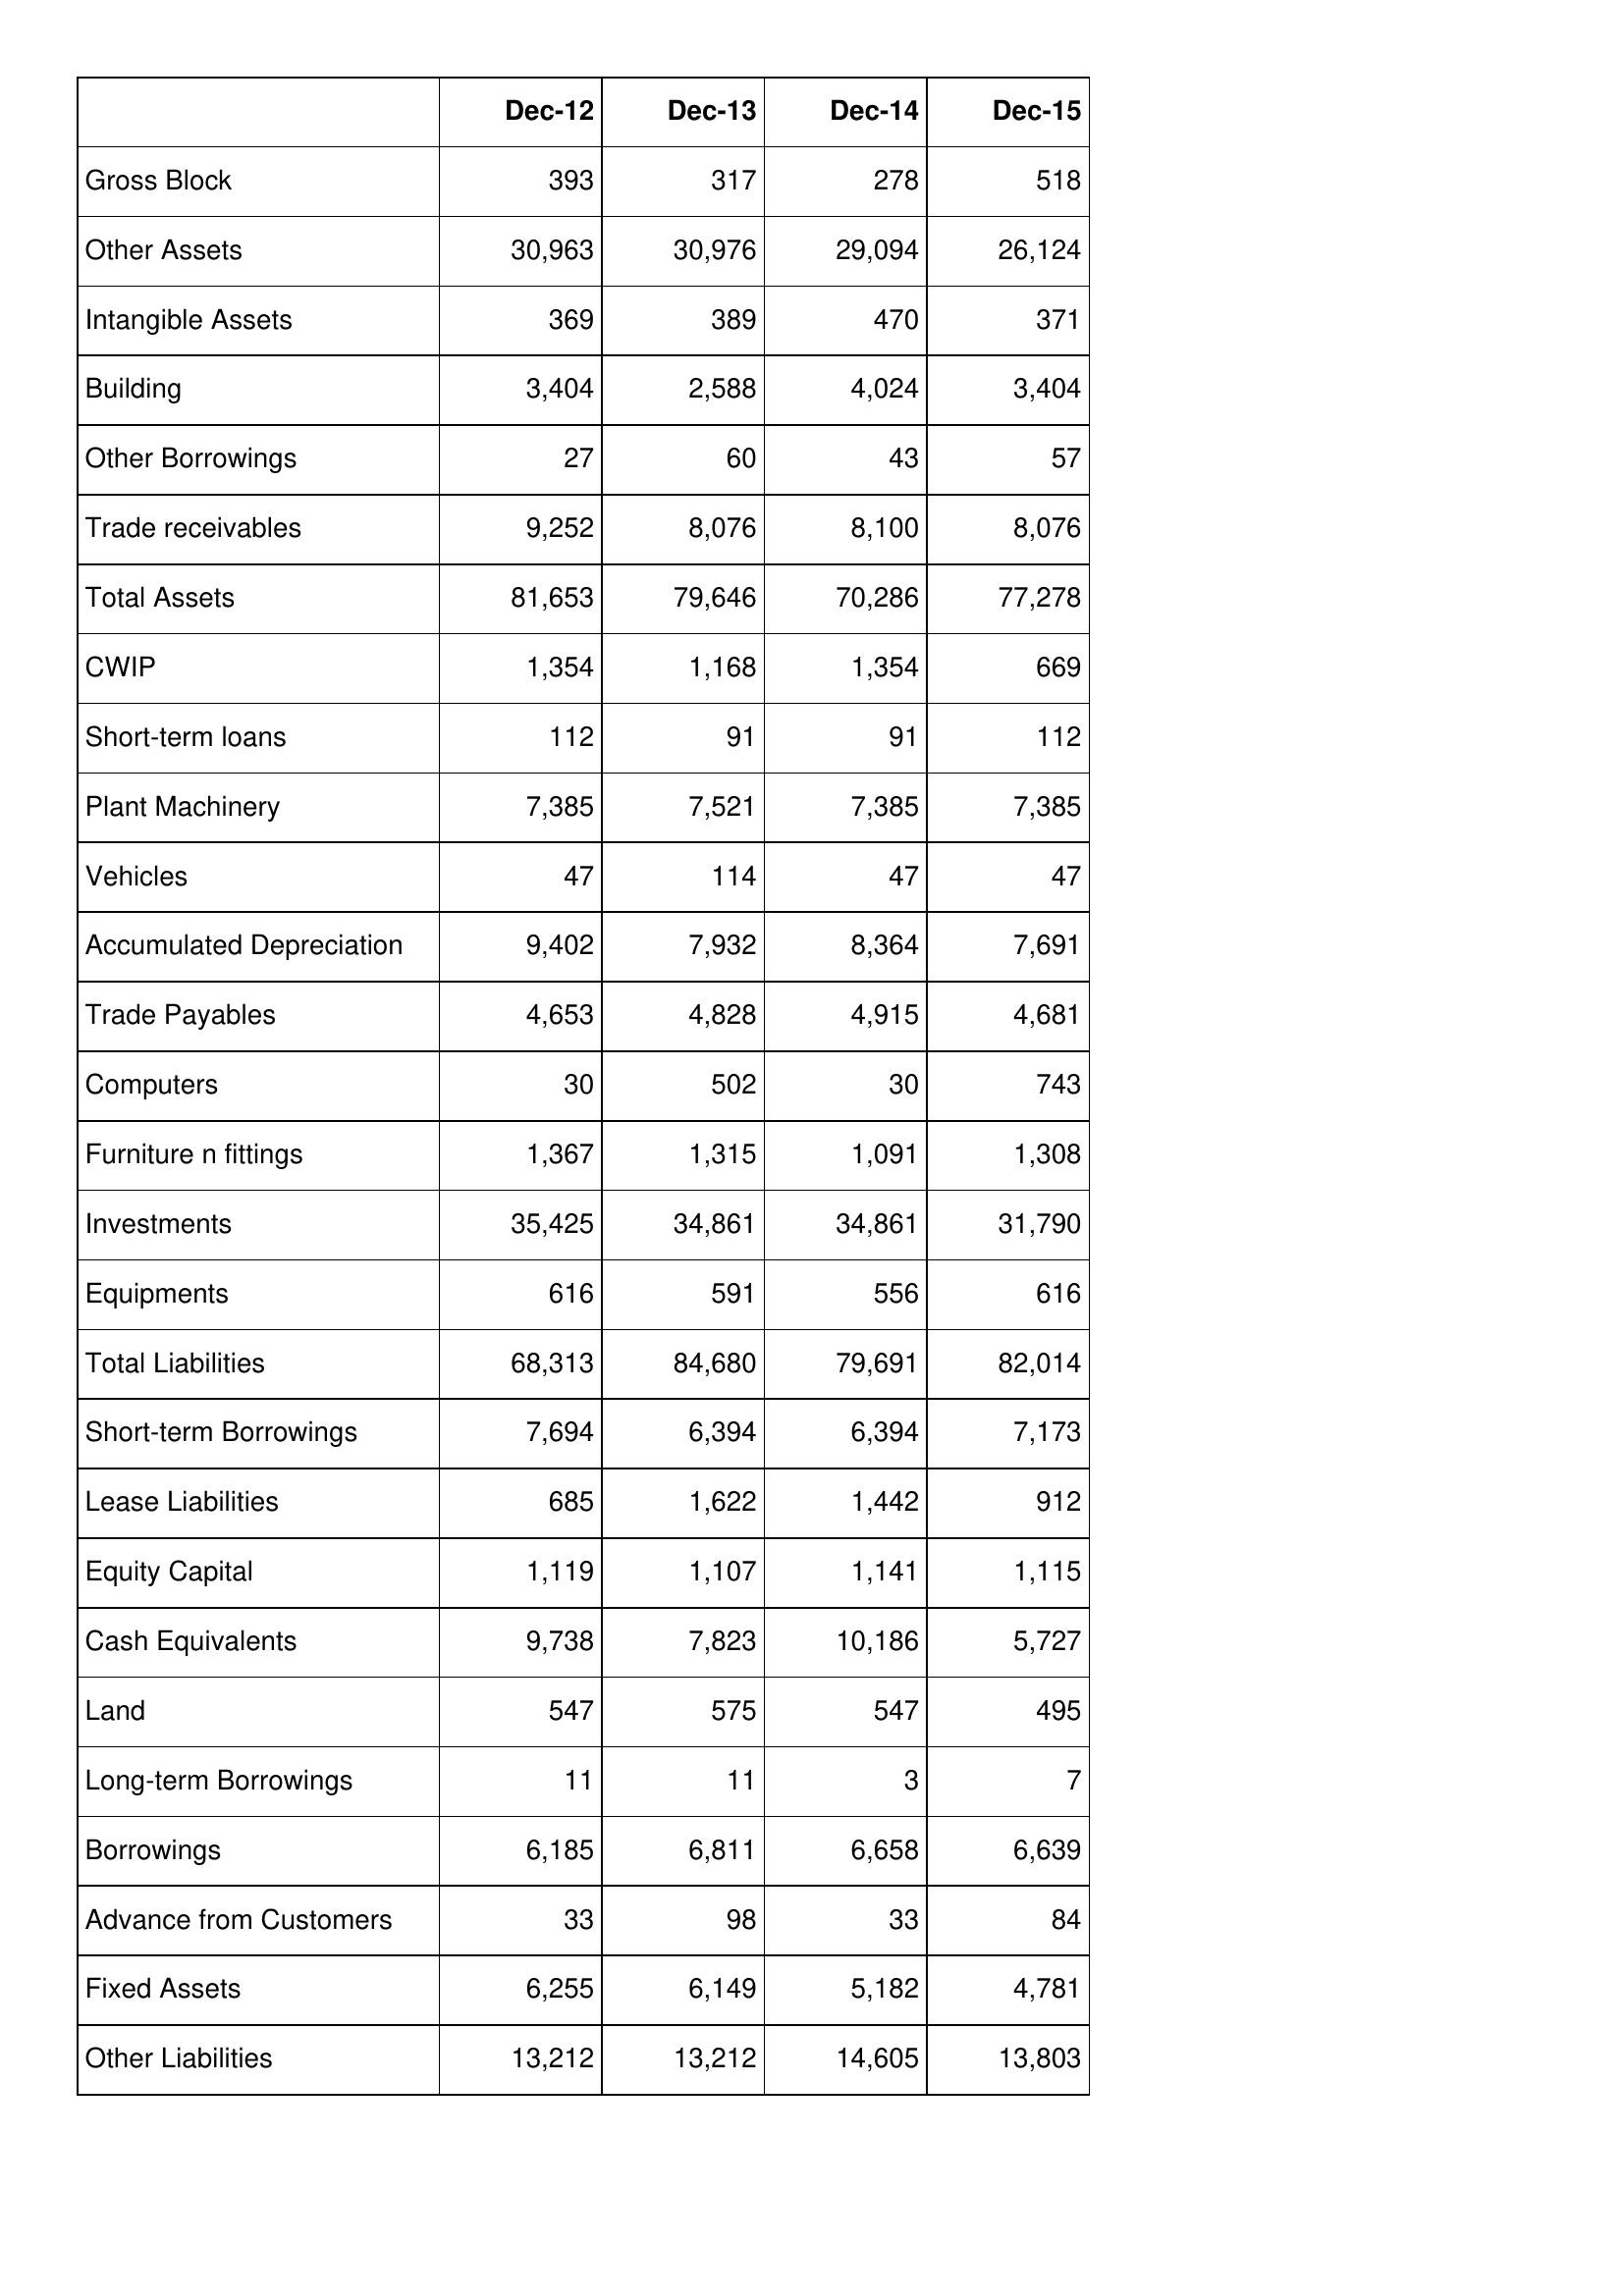
Dec-12: Balance Sheet: Gross Block: 393
Other Assets: 30,963
Intangible Assets: 369
Building: 3,404
Other Borrowings: 27
Trade receivables: 9,252
Total Assets: 81,653
CWIP: 1,354
Short-term loans: 112
Plant Machinery: 7,385
Vehicles: 47
Accumulated Depreciation: 9,402
Trade Payables: 4,653
Computers: 30
Furniture n fittings: 1,367
Investments: 35,425
Equipments: 616
Total Liabilities: 68,313
Short-term Borrowings: 7,694
Lease Liabilities: 685
Equity Capital: 1,119
Cash Equivalents: 9,738
Land: 547
Long-term Borrowings: 11
Borrowings: 6,185
Advance from Customers: 33
Fixed Assets: 6,255
Other Liabilities: 13,212
Dec-13: Balance Sheet: Gross Block: 317
Other Assets: 30,976
Intangible Assets: 389
Building: 2,588
Other Borrowings: 60
Trade receivables: 8,076
Total Assets: 79,646
CWIP: 1,168
Short-term loans: 91
Plant Machinery: 7,521
Vehicles: 114
Accumulated Depreciation: 7,932
Trade Payables: 4,828
Computers: 502
Furniture n fittings: 1,315
Investments: 34,861
Equipments: 591
Total Liabilities: 84,680
Short-term Borrowings: 6,394
Lease Liabilities: 1,622
Equity Capital: 1,107
Cash Equivalents: 7,823
Land: 575
Long-term Borrowings: 11
Borrowings: 6,811
Advance from Customers: 98
Fixed Assets: 6,149
Other Liabilities: 13,212
Dec-14: Balance Sheet: Gross Block: 278
Other Assets: 29,094
Intangible Assets: 470
Building: 4,024
Other Borrowings: 43
Trade receivables: 8,100
Total Assets: 70,286
CWIP: 1,354
Short-term loans: 91
Plant Machinery: 7,385
Vehicles: 47
Accumulated Depreciation: 8,364
Trade Payables: 4,915
Computers: 30
Furniture n fittings: 1,091
Investments: 34,861
Equipments: 556
Total Liabilities: 79,691
Short-term Borrowings: 6,394
Lease Liabilities: 1,442
Equity Capital: 1,141
Cash Equivalents: 10,186
Land: 547
Long-term Borrowings: 3
Borrowings: 6,658
Advance from Customers: 33
Fixed Assets: 5,182
Other Liabilities: 14,605
Dec-15: Balance Sheet: Gross Block: 518
Other Assets: 26,124
Intangible Assets: 371
Building: 3,404
Other Borrowings: 57
Trade receivables: 8,076
Total Assets: 77,278
CWIP: 669
Short-term loans: 112
Plant Machinery: 7,385
Vehicles: 47
Accumulated Depreciation: 7,691
Trade Payables: 4,681
Computers: 743
Furniture n fittings: 1,308
Investments: 31,790
Equipments: 616
Total Liabilities: 82,014
Short-term Borrowings: 7,173
Lease Liabilities: 912
Equity Capital: 1,115
Cash Equivalents: 5,727
Land: 495
Long-term Borrowings: 7
Borrowings: 6,639
Advance from Customers: 84
Fixed Assets: 4,781
Other Liabilities: 13,803